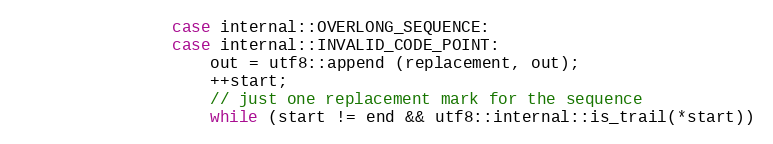
Language: C
                case internal::OVERLONG_SEQUENCE:
                case internal::INVALID_CODE_POINT:
                    out = utf8::append (replacement, out);
                    ++start;
                    // just one replacement mark for the sequence
                    while (start != end && utf8::internal::is_trail(*start))